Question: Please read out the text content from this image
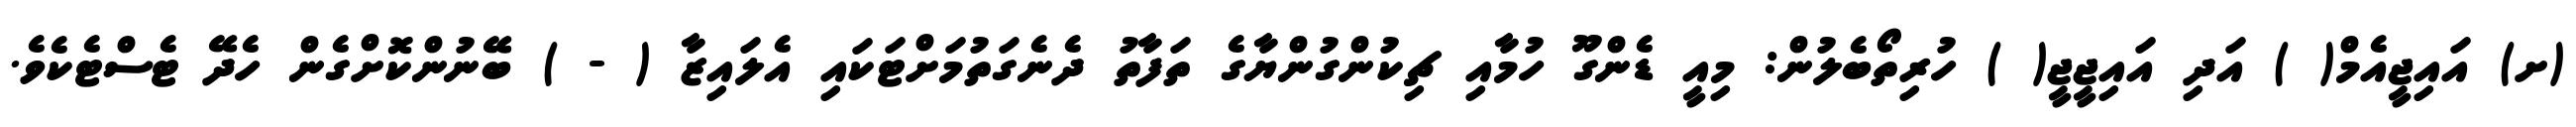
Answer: (ށ) އައިޖީއެމް( ) އަދި އައިޖީޖީ( ) ހުރިތޯބެލުން: މިއީ ޑެންގޫ ހުމާއި ޗިކުންގުންޔާގެ ތަފާތު ދެނެގަތުމަށްޓަކައި އެލައިޒާ ( - ) ބޭނުންކޮށްގެން ހެދޭ ޓެސްޓެކެވެ.